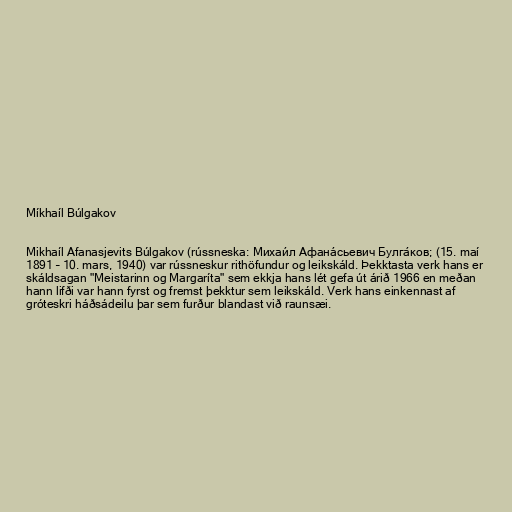
Míkhaíl Búlgakov

Mikhaíl Afanasjevits Búlgakov (rússneska: Михаи́л Афана́сьевич Булга́ков; (15. maí
1891 – 10. mars, 1940) var rússneskur rithöfundur og leikskáld. Þekktasta verk hans er
skáldsagan "Meistarinn og Margaríta" sem ekkja hans lét gefa út árið 1966 en meðan
hann lifði var hann fyrst og fremst þekktur sem leikskáld. Verk hans einkennast af
gróteskri háðsádeilu þar sem furður blandast við raunsæi.